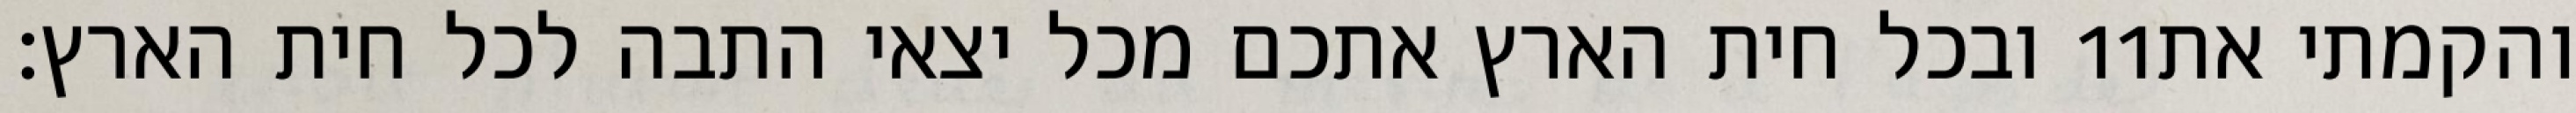
ובכל חית הארץ אתכם מכל יצאי התבה לכל חית הארץ׃ ‎11‏ והקמתי את